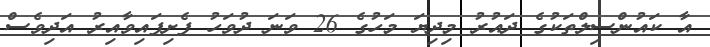
އާ ކައުންސިލްތަކުގެ ދައުރު މިދިޔަ މަހުގެ 26 ވަނަ ދުވަހު ފެށިފައިވާއިރު އަދިވެސް